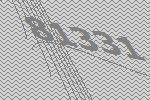
81331